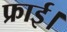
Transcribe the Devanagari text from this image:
फ्राई।